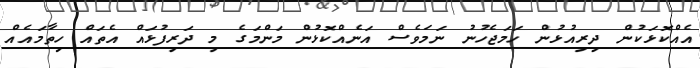
އެއްކޮޅަކުން ދިރިއުޅުން ހަމަޖެހުނު ނަމަވެސް އަނެއްކޮޅުން މަންމަގެ މި ދަރިފުޅައް އެތައް ހިތާމައެއް